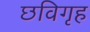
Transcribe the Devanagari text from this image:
छविगृह